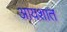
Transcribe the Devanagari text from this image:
आयशात